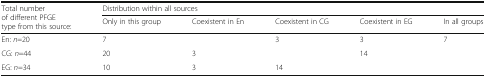
| <ROWSPAN=2> Total number of different PFGE type from this source: | <COLSPAN=5> Distribution within all sources |
 | Only in this group | Coexistent in En | Coexistent in CG | Coexistent in EG | In all groups |
 | --- | --- | --- | --- | --- | --- |
 | En: n=20 | 7 |  | 3 | 3 | <ROWSPAN=3> 7 |
 | CG: n=44 | 20 | 3 |  | 14 |
 | EG: n=34 | 10 | 3 | 14 |  |